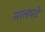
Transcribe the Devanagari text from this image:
सालपटे